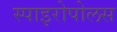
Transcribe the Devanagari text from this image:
स्पाइरोपोलस